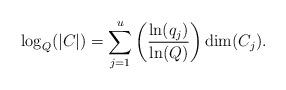
LaTeX: \begin{align*}\log_Q(|C|)=\sum\limits_{j=1}^{u}\left(\frac{\ln(q_j)}{\ln(Q)}\right)\dim(C_j).\end{align*}